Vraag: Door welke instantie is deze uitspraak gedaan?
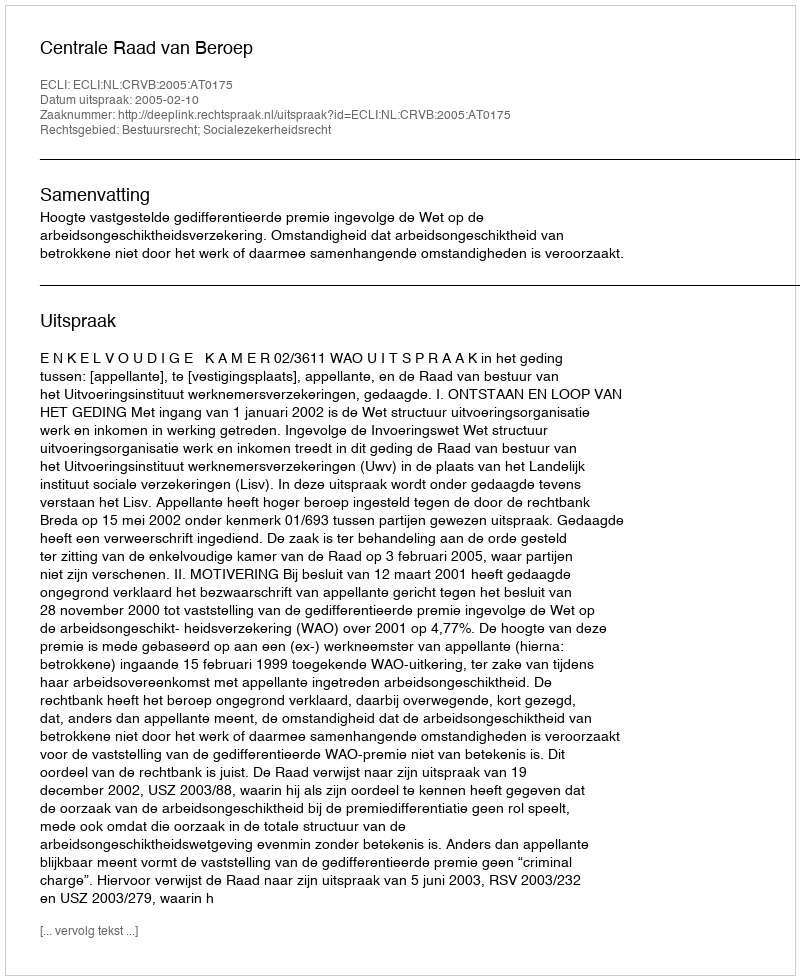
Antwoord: Centrale Raad van Beroep